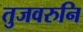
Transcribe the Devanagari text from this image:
तुजवरुनि